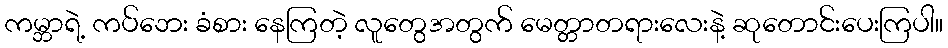
ကမ္ဘာရဲ့ ကပ်ဘေး ခံစား နေကြတဲ့ လူတွေအတွက် မေတ္တာတရားလေးနဲ့ ဆုတောင်းပေးကြပါ။